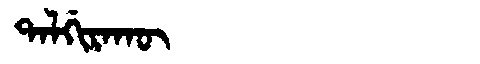
Manchu: ᡨᠠᠯᡤᡳᡵᠠᡴᡡ
Romanization: TALGIRAKŪ